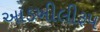
આડખીલીરૂપ